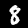
Label: 8